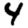
Digit: 4